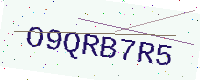
Text: O9QRB7R5